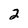
Character: 2